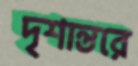
দৃশান্তরে